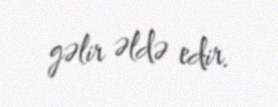
gəlir əldə edir.